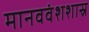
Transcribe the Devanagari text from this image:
मानववंशशास्र